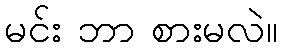
မင်း ဘာ စားမလဲ။